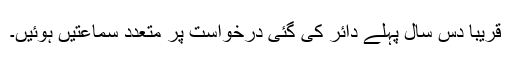
قریبا دس سال پہلے دائر کی گئی درخواست پر متعدد سماعتیں ہوئیں۔